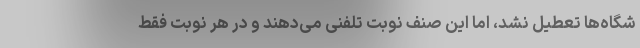
شگاه‌ها تعطیل نشد، اما این صنف نوبت تلفنی می‌دهند و در هر نوبت فقط